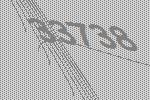
33738